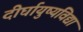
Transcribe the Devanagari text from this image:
दीर्घायुष्यविद्या